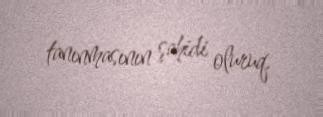
tanınmasının şahidi oluruq.